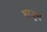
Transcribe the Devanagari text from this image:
भरजुना